Civil Veterinary Dept. Bombay admin report 1932-41 - 1932-1941
Year: 1932
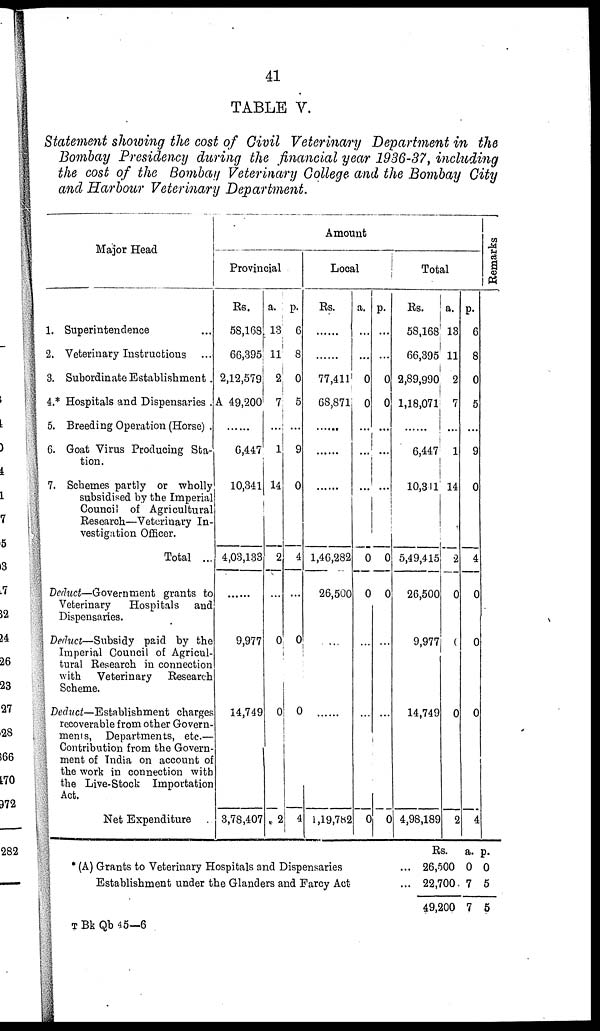
41
TABLE V.
Statement showing the cost of Civil Veterinary Department in the
Bombay Presidency during the financial year 1936-37, including
the cost of the Bombay Veterinary College and the Bombay City
and Harbour Veterinary Department.
Major Head
1. Superintendence ...
2. Veterinary Instructions ...
3. Subordinate Establishment .
4.* Hospitals and Dispensaries .
5. Breeding Operation (Horse) .
6. Goat Virus Producing Sta-
tion.
7. Schemes partly or wholly
subsidised by the Imperial
Council of Agricultural
Research—Veterinary In-
vestigation Officer.
Total ...
Deduct—Government grants to
Veterinary
Hospitals
and
Dispensaries.
Deduct—Subsidy paid by the
Imperial Council of Agricul-
tural Research in connection
with
Veterinary
Research
Scheme.
Deduct—Establishment
charges
recoverable from other Govern-
ments, Departments, etc.—
Contribution from the Govern-
ment of India on account of
the work in connection with
the Live-Stock Importation
Act.
Net Expenditure
Provincial
Rs.
58,168.
66,395
2,12,579.
A 49,200
......
6,447
10,341
4,03,133
......
9,977
14,749
3,78,407
a.
13
11
2
7
...
1
14
2
...
0
0
2
p.
6
8
0
5
...
9
0
4
...
0
0
4
Amount
Local
Rs.
......
......
77,411
68,871
......
......
......
1,46,282
26,500
..
......
1,19,782
a.
...
...
0
0
...
...
...
0
0
...
...
0
p.
...
...
0
0
...
...
...
0
0
...
...
0
Total
Rs.
58,168
66,395
2,89,990
1,18,071
......
6,447
10,311
5,49,415
26,500
9,977
14,749
4,98,189
a.
13
11
2
7
...
1
14
2
0
0
0
2
p.
6
8
0
5
...
9
0
4
0
0
0
4
Remarks
(A) Grants to Veterinary Hospitals and Dispensaries
Establishment under the Glanders and Farcy Act
Rs.
26,500
22,700
49,200
a.
0
7
7
p.
0
5
5
T Bk Qb 45—6